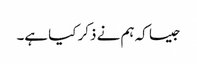
جیسا کہ ہم نے ذکر کیا ہے۔